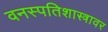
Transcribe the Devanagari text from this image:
वनस्पतिशास्त्रावर